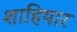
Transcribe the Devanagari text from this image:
शाहियार